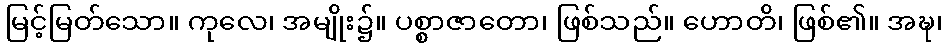
မြင့်မြတ်သော။ ကုလေ၊ အမျိုး၌။ ပစ္စာဇာတော၊ ဖြစ်သည်။ ဟောတိ၊ ဖြစ်၏။ အဍ္ဎ၊